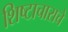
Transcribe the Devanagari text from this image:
शिष्टाचाराचे